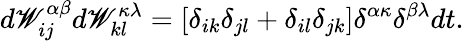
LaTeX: d\mathscr{W}_{ij}^{\alpha\beta}d\mathscr{W}_{kl}^{\kappa\lambda}=[\delta_{ik}\delta_{jl}+\delta_{il}\delta_{jk}]\delta^{\alpha\kappa}\delta^{\beta\lambda}dt.